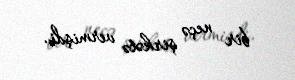
bir neçə şirkətə vermişdi.